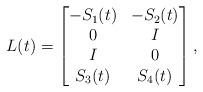
LaTeX: \begin{align*}L(t) = \begin{bmatrix}-S_1(t) & -S_2(t) \\0 & I \\I & 0 \\S_3(t) & S_4(t) \\\end{bmatrix},\end{align*}